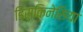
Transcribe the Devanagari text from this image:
डिस्किनेसिया